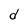
Character: d